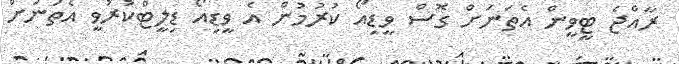
ރާއްޖެ ޓީވީން އެތަނަށް ގޮސް ވީޑިއޯ ކުރުމުން އެ ވީޑިއޯ ޑިލީޓްކުރުވީ އެތަނަށް